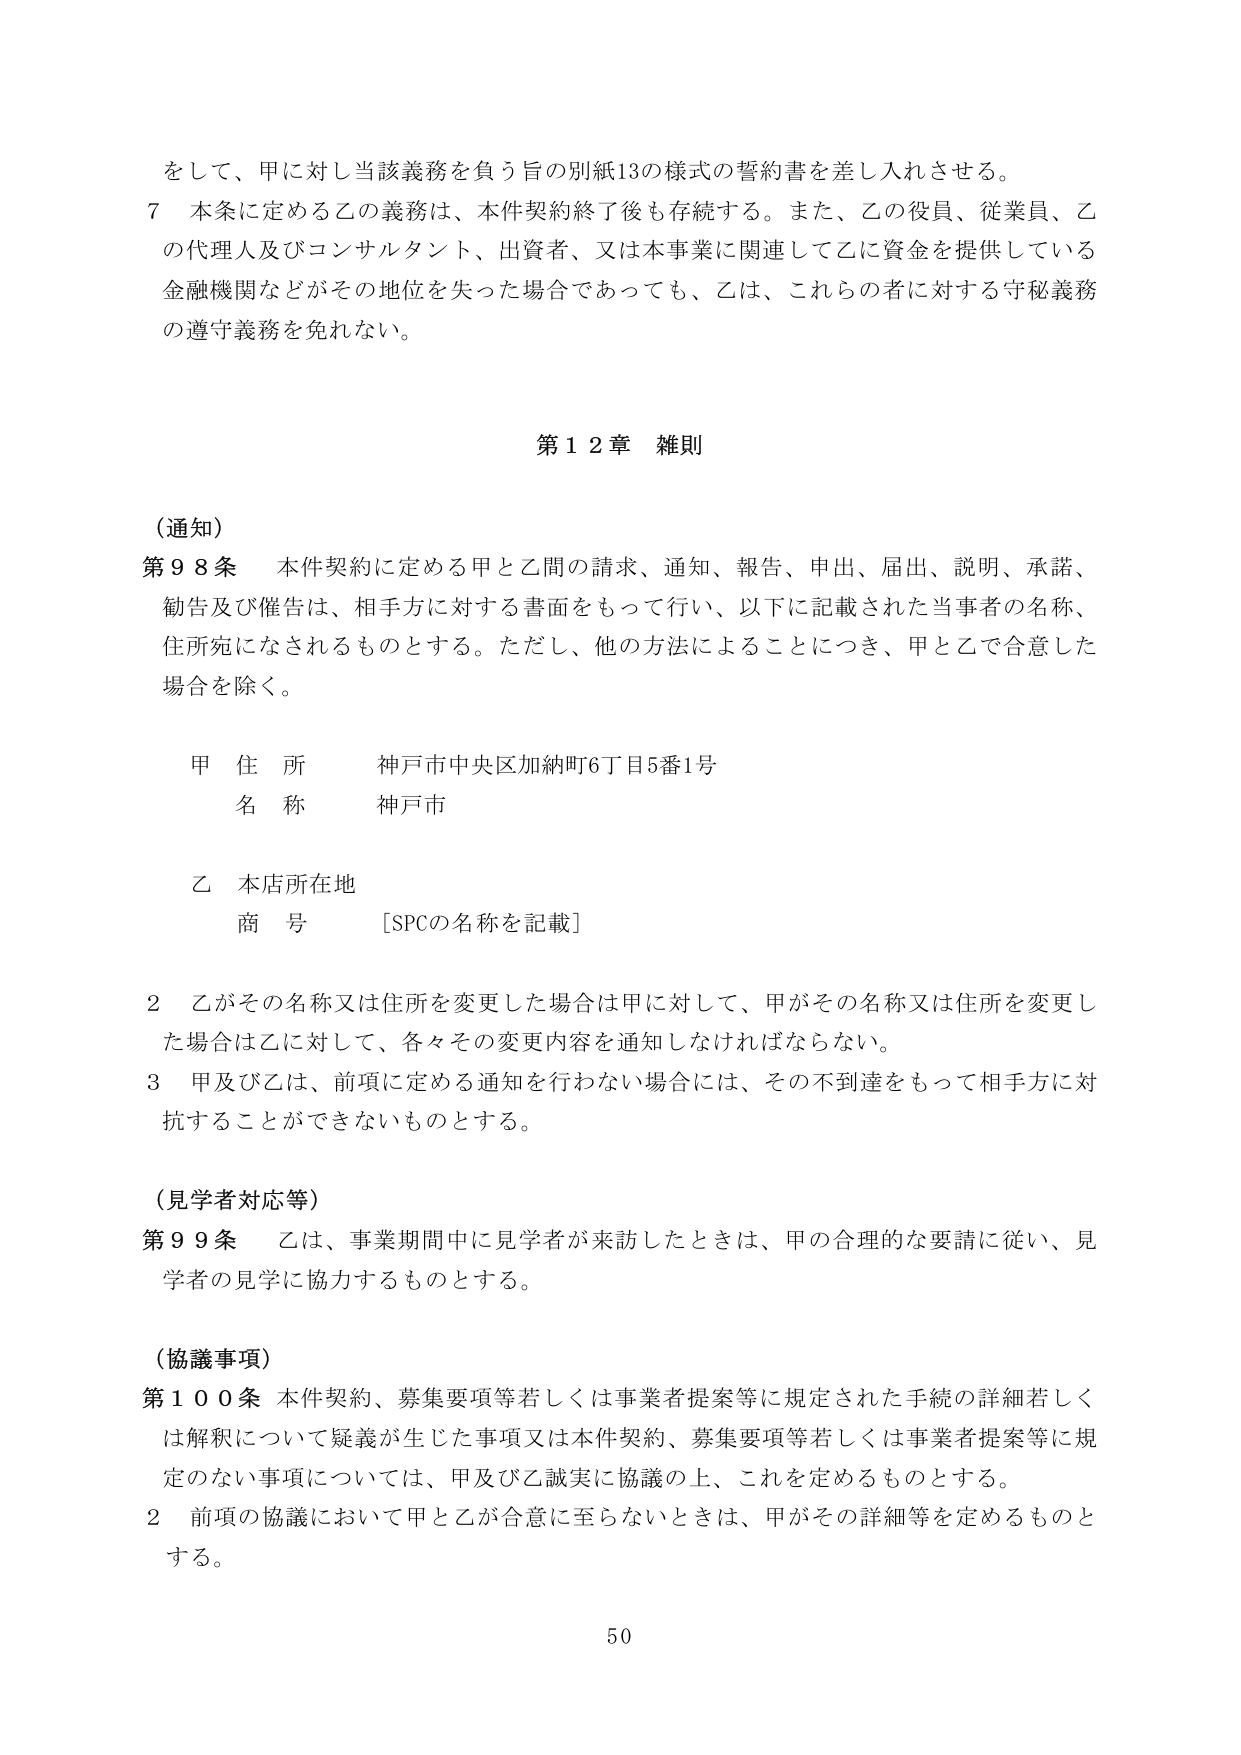
をして、甲に対し当該義務を負う旨の別紙13の様式の誓約書を差し入れさせる。

7 本条に定める乙の義務は、本件契約終了後も存続する。また、乙の役員、従業員、乙の代理人及びコンサルタント、出資者、又は本事業に関連して乙に資金を提供している金融機関などがその地位を失った場合であっても、乙は、これらの人に対する守秘義務の遵守義務を免れない。

第12章 雑則

（通知）

第98条 本件契約に定める甲と乙間の請求、通知、報告、申出、届出、説明、承諾、勧告及び催告は、相手方に対する書面をもって行い、以下に記載された当事者の名称、住所宛になされるものとする。ただし、他の方法によることにつき、甲と乙で合意した場合を除く。

甲 住所 神戸市中央区加納町6丁目5番1号
　 名称 神戸市

乙 本店所在地
　 商号 [SPCの名称を記載]

2 乙がその名称又は住所を変更した場合は甲に対して、甲がその名称又は住所を変更した場合は乙に対して、各々その変更内容を通知しなければならない。

3 甲及び乙は、前項に定める通知を行わない場合には、その不到達をもって相手方に対抗することができないものとする。

（見学者対応等）

第99条 乙は、事業期間中に見学者が来訪したときは、甲の合理的な要請に従い、見学者の見学に協力するものとする。

（協議事項）

第100条 本件契約、募集要項等若しくは事業者提案等に規定された手続の詳細若しくは解釈について疑義が生じた事項又は本件契約、募集要項等若しくは事業者提案等に規定のない事項については、甲及び乙誠実に協議の上、これを定めるものとする。

2 前項の協議において甲と乙が合意に至らないときは、甲がその詳細等を定めるものとする。

50